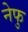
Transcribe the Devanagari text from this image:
नेफु